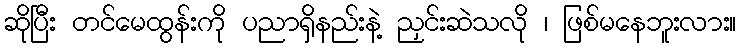
ဆိုပြီး တင်မေထွန်းကို ပညာရှိနည်းနဲ့ ညှင်းဆဲသလို ၊ ဖြစ်မနေဘူးလား။